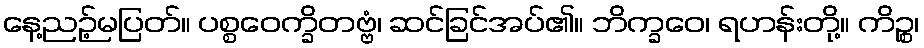
နေ့ညဉ့်မပြတ်။ ပစ္စဝေက္ခိတဗ္ဗံ၊ ဆင်ခြင်အပ်၏။ ဘိက္ခဝေ၊ ရဟန်းတို့။ ကိဉ္စ၊